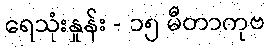
ရေသုံးနှုန်း - ၁၅ မီတာကုဗ